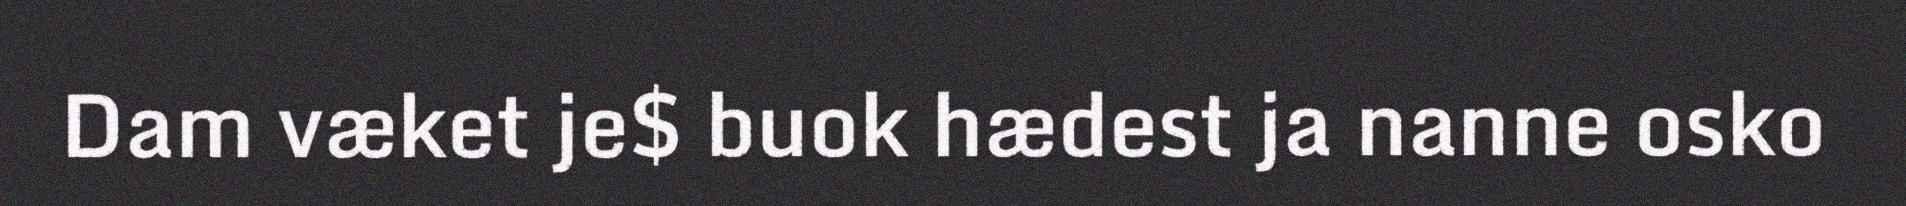
Dam væket je$ buok hædest ja nanne osko